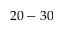
2 0 - 3 0